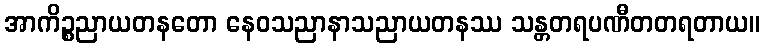
အာကိဉ္စညာယတနတော နေဝသညာနာသညာယတနဿ သန္တတရပဏီတတရတာယ။